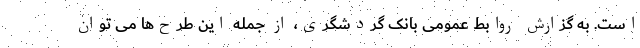
است. به گزارش روابط عمومی بانک گردشگری، از جمله این طرح‌ها می توان